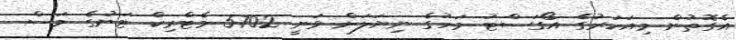
އެގޮތުން މިއަހަރުގެ އޯގަސްޓު މަހުގެ ނިޔަލަށް ވަނީ 5702 މެޓްރިކް ޓަނުގެ މަސް